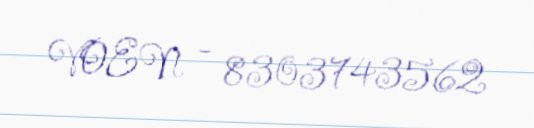
VOEN - 8303743562